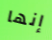
إنها